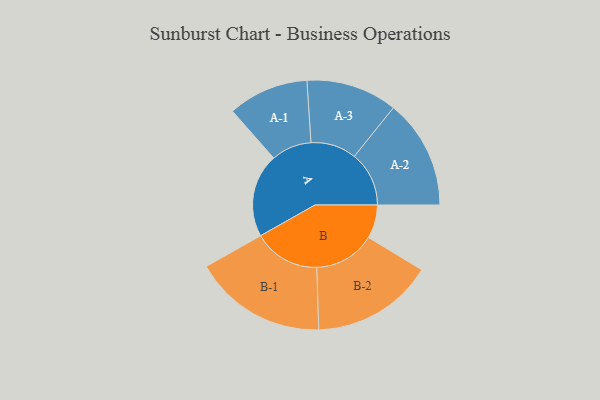
{"axis": {"x": "Segment", "y": "Value"}, "legend": ["", "A", "B"], "data": [{"x": "A", "y": 330, "type": ""}, {"x": "B", "y": 132, "type": ""}, {"x": "A-1", "y": 159, "type": "A"}, {"x": "A-2", "y": 216, "type": "A"}, {"x": "A-3", "y": 180, "type": "A"}, {"x": "B-1", "y": 263, "type": "B"}, {"x": "B-2", "y": 241, "type": "B"}]}